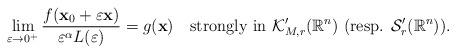
LaTeX: \begin{align*} \lim_{\varepsilon\to{0}^{+}} \frac{f(\mathbf{x}_{0}+\varepsilon \mathbf{x})}{\varepsilon^{\alpha}L(\varepsilon)}=g(\mathbf{x}) \ \ \ \mbox{strongly in } \mathcal{K}_{M,r}'(\mathbb{R}^{n}) \ (\mbox{resp. } \mathcal{S}'_{r}(\mathbb{R}^{n})).\end{align*}